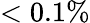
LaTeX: <0.1\%